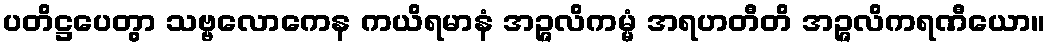
ပတိဋ္ဌပေတွာ သဗ္ဗလောကေန ကယိရမာနံ အဉ္ဇလိကမ္မံ အရဟတီတိ အဉ္ဇလိကရဏီယော။